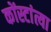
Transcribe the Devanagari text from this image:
कोंस्टांत्या